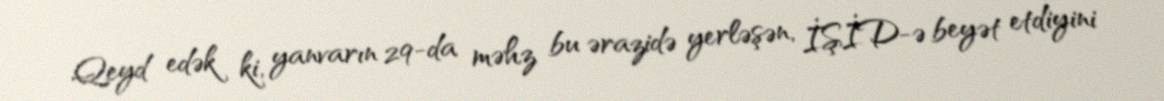
Qeyd edək ki, yanvarın 29-da məhz bu ərazidə yerləşən, İŞİD-ə beyət etdiyini